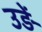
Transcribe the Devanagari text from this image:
उड़ें